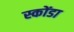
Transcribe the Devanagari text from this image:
स्कोंडा